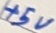
Text: +5V